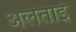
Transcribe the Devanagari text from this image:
अलताई